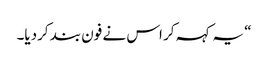
“ یہ کہہ کر اس نے فون بند کردیا۔